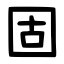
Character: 固